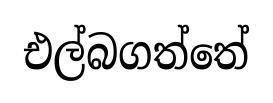
එල්බගත්තේ